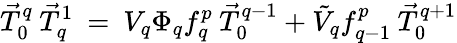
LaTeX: \vec{T}_{0}^{q}\: \vec{T}_{q}^{1}\: =\: V_{q}\Phi_{q}f_{q}^{p}\: \vec{T}_{0}^{q-1}+\tilde{V}_{q}f_{q-1}^{p}\: \vec{T}_{0}^{q+1}